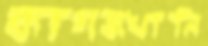
কাগজখানি